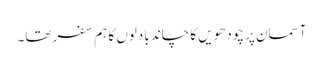
آسمان پر چودھویں کا چاند بادلوں کا ہم سفر تھا۔